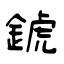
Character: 錿